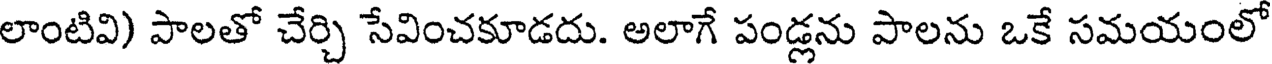
లాంటివి) పాలతో చేర్చి సేవించకూడదు. అలాగే పండ్లను పాలను ఒకే సమయంలో